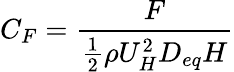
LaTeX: C_{F}=\frac{F}{\frac{1}{2}\rho U_{H}^{2}D_{eq}H}